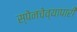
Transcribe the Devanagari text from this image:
स्पेनचेव्यापारी